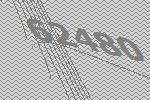
62480